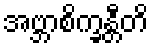
အဗ္ဘာစိက္ခန္တီတိ